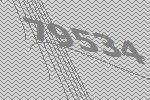
79534